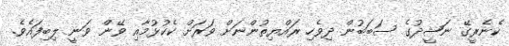
ކެނެރީގޭ ނަޝީދުގެ ސަބަބުން ދިވެހި ރައްޔިތުންނަށް ވަރަށް ކެކުޅުމާއި ވޭން ވަނީ ލިބިފައެވެ.